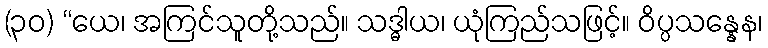
(၃၀) “ယေ၊ အကြင်သူတို့သည်။ သဒ္ဓါယ၊ ယုံကြည်သဖြင့်။ ဝိပ္ပသန္နေန၊